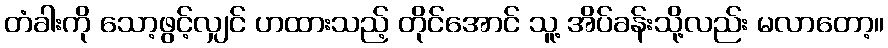
တံခါးကို သော့ဖွင့်လျှင် ဟထားသည့် တိုင်အောင် သူ့ အိပ်ခန်းသို့လည်း မလာတော့။